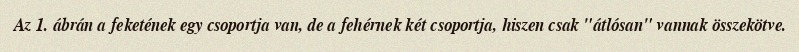
Az 1. ábrán a feketének egy csoportja van, de a fehérnek két csoportja, hiszen csak "átlósan" vannak összekötve.